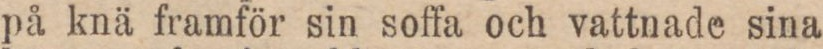
på knä framför sin soffa och vattnade sina